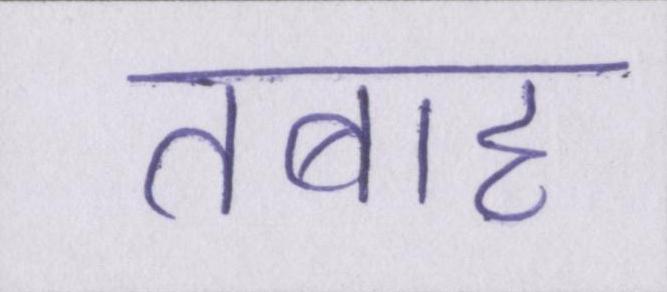
तबाह